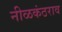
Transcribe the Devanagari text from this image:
नीळकंठराव